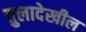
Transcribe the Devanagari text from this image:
तुलादेखील